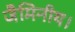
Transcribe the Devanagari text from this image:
जैमिनीय।